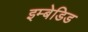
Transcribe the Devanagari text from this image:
इम्बेडिड